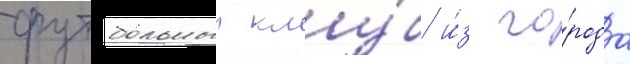
футбольныи клу́б и́з го́рода